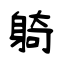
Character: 躸